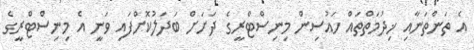
އެ ތަންތަނާއި ޚިދުމަތްތައް ހައުސިން މިނިސްޓްރީގެ ދަށަށް ބަދަލުކޮށްފައި ވަނީ އެ މިނިސްޓްރީގެ